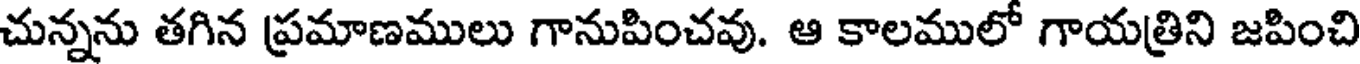
చున్నను తగిన ప్రమాణములు గానుపించవు. ఆ కాలములో గాయత్రిని జపించి